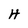
Character: H